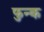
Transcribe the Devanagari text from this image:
फुन्क